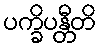
ပက္ခိပန္တီတိ